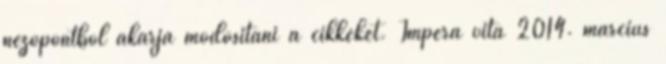
nézőpontból akarja módosítani a cikkeket. Impera vita 2014. március